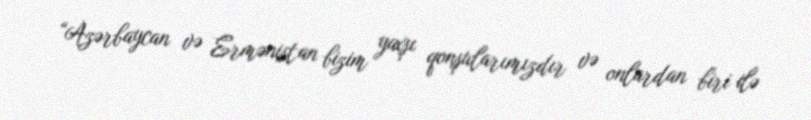
“Azərbaycan və Ermənistan bizim yaxşı qonşularımızdır və onlardan biri ilə